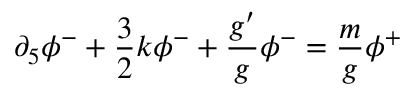
\partial _ { 5 } \phi ^ { - } + \frac { 3 } { 2 } k \phi ^ { - } + \frac { g ^ { \prime } } { g } \phi ^ { - } = \frac { m } { g } \phi ^ { + }